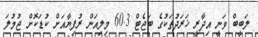
ލަބީބް ވަނީ އިދާރީ ޚަރަދުތަކުގެ ބަޖެޓް 60.3 މިލިއަން ރުފިޔާއަށް ކުޑަކޮށް ޖުމުލަ